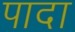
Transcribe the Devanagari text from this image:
पादा